Vaccination in the Punjab 1883-1896 - 1883-1896
Year: 1883
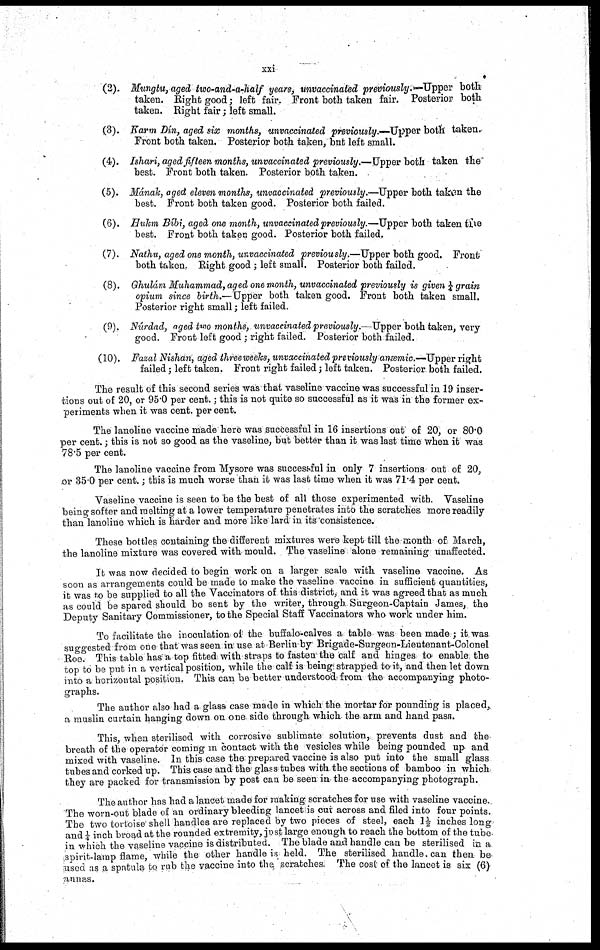
xxi
(2). Mungtu,aged two-and-a-half years, unvaccinated previously.—Upper both
taken. Right good; left fair. Front both taken fair. Posterior both
taken. Right fair; left small.
(3). Karm Dín, aged six months, unvaccinated previously.-—Upper both taken.
Front both taken. Posterior both taken, but left small.
(4). Ishari, aged fifteen months, unvaccinated previously.—Upper both taken the
best. Front both taken. Posterior both taken.
(5). Mának, aged eleven months, unvaccinated previously.—Upper both taken the
best. Front both taken good. Posterior both failed.
(6). Hukm Bíbi, aged one month, unvaccinated previously.—Upper both taken the
best. Front both taken good. Posterior both failed.
(7). Nathu, aged one month, unvaccinated previously.—Upper both good. Front
both taken. Right good ; left small. Posterior both failed.
(8). Ghulám Muhammad, aged one month, unvaccinated previously is given ¼ grain
opium since birth.—Upper both taken good. Front both taken small.
Posterior right small; left failed.
(9). Núrdad, aged two months, unvaccinated previously.—Upper both taken, very-
good. Front left good ; right failed. Posterior both failed.
(10). Fazal Nishan, aged threeweeks, unva
ccinated previously anæmic.—Upper right
failed; left taken. Front right failed; left taken. Posterior both failed.
The result of this second series was that vaseline vaccine was successful in 19 inser-
tions out of 20, or 95.0 per cent.; this is not quite so successful as it was in the former ex-
periments when it was cent. per cent.
The lanoline vaccine made here was successful in 16 insertions out of 20, or 80.0
per cent.; this is not so good as the vaseline, but better than it was last time when it was
78.5 per cent.
The lanoline vaccine from Mysore was successful in only 7 insertions out of 20,
or 35.0 per cent.; this is much worse than it was last time when it was 71.4 per cent.
Vaseline vaccine is seen to be the best of all those experimented with. Vaseline
being softer and melting at a lower temperature penetrates into the scratches more readily
than lanoline which is harder and more like lard in its consistence.
These bottles containing the different mixtures were kept till the month of March,
the lanoline mixture was covered with mould. The vaseline alone remaining unaffected.
It was now decided to begin work on a larger scale with vaseline vaccine. As
soon as arrangements could be made to make the vaseline vaccine in sufficient quantities,
it was to be supplied to all the Vaccinators of this district, and it was agreed that as much
as could be spared should be sent by the writer, through Surgeon-Captain James, the
Deputy Sanitary Commissioner, to the Special Staff Vaccinators who work under him.
To facilitate the inoculation of the buffalo-calves a table was been made ; it was
suggested from one that was seen in use at Berlin by Brigade-Surgeon-Lieutenant-Colonel
Roe. This table has a top fitted with straps to fasten the calf and hinges to enable the
top to be put in a vertical position, while the calf is being strapped to it, and then let down
into a horizontal position. This can be better understood from the accompanying photo-
graphs.
The author also had a glass case made in which the mortar for pounding is placed,
a muslin curtain hanging down on one side through which the arm and hand pass.
This when sterilised with corrosive sublimate solution, prevents dust and the
breath of the operator coming m contact with the vesicles while being pounded up and
mixed with vaseline. In this case the prepared vaccine is also put into the small glass
tubes and corked up. This case and the glass tubes with the sections of bamboo in which
they are packed for transmission by post can be seen in the accompanying photograph.
The author has had a lancet made for making scratches for use with vaseline vaccine.
The worn-out blade of an ordinary bleeding lancet is cut across and filed into four points.
The two tortoise shell handles are replaced by two pieces of steel, each 1½ inches long
and ¼ inch broad at the rounded extremity, just large enough to reach the bottom of the tube
in which the vaseline vaccine is distributed. The blade and handle can be sterilised in a
spirit-lamp flame, while the other handle is held. The sterilised handle, can then be
used as a spatula to rub the vaccine into the scratches. The cost of the lancet is six (6)
annas.